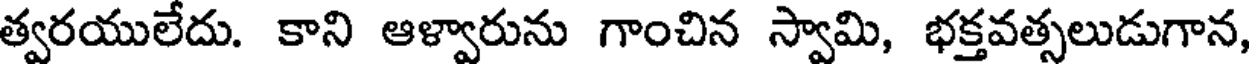
త్వరయులేదు. కాని ఆళ్వారును గాంచిన స్వామి, భక్తవత్సలుడుగాన,